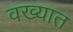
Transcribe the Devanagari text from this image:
वख्यात